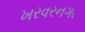
ખરવરનગર